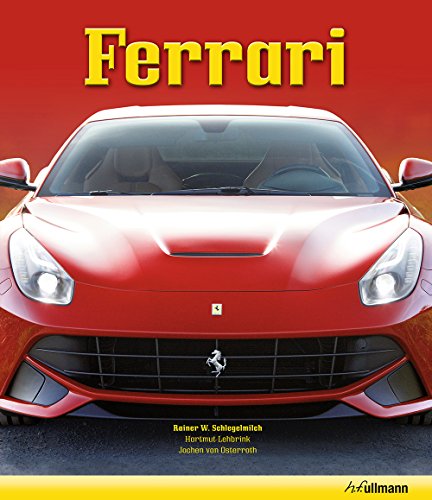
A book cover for Ferrari: Gift Edition with Slipcase; Hartmut Lehbrink; Engineering & Transportation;